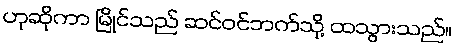
ဟုဆိုကာ မြိုင်သည် ဆင်ဝင်ဘက်သို့ ထသွားသည်။